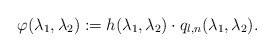
\begin{align*} \varphi(\lambda_1,\lambda_2):=h(\lambda_1,\lambda_2) \cdot q_{l,n}(\lambda_1,\lambda_2). \end{align*}